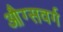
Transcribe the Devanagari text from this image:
औग्सवर्ग